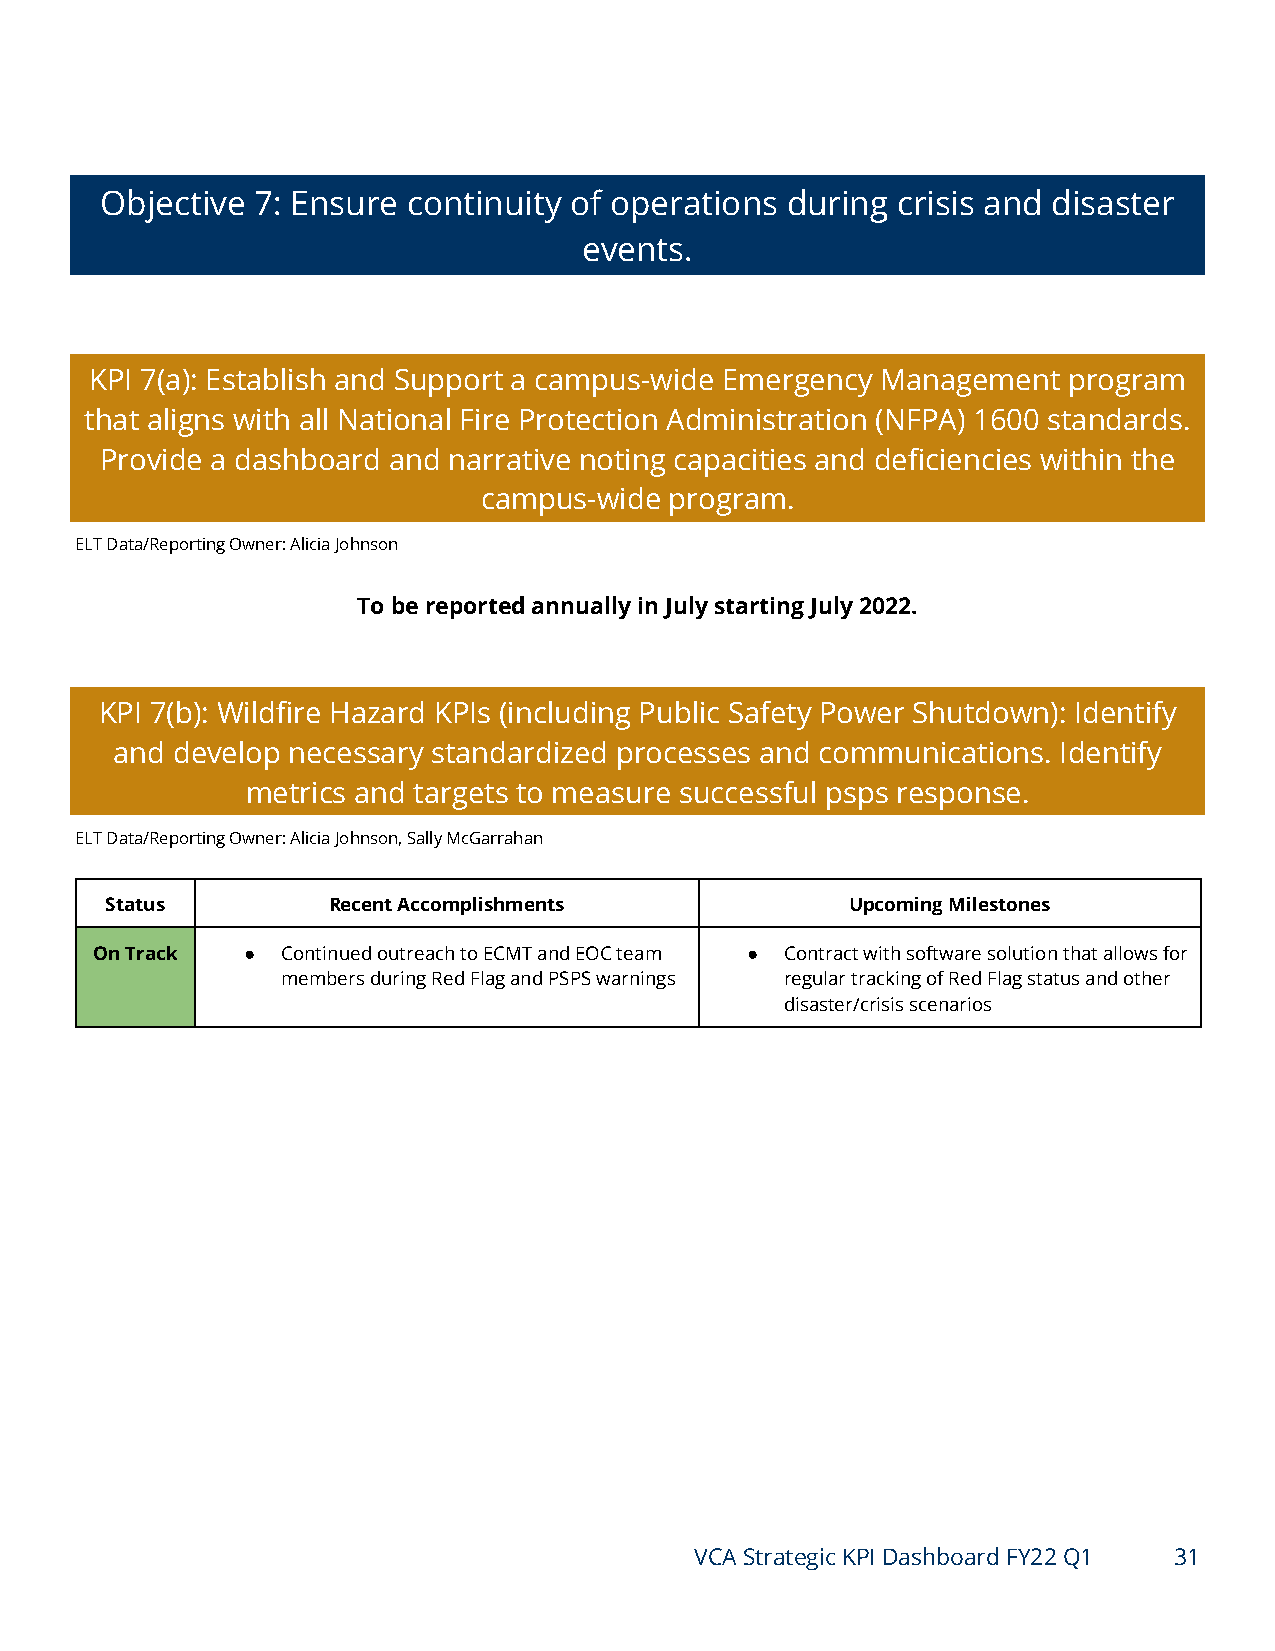
Objective 7: Ensure continuity of operations during crisis and disaster
 events.
 KPI 7(a): Establish and Support a campus-wide Emergency Management program
 that aligns with all National Fire Protection Administration (NFPA) 1600 standards.
 Provide a dashboard and narrative noting capacities and deficiencies within the
 campus-wide program.
 ELT Data/Reporting Owner: Alicia Johnson
 To be reported annually in July starting July 2022.
 KPI 7(b): Wildfire Hazard KPIs (including Public Safety Power Shutdown): Identify
 and develop necessary standardized processes and communications. Identify
 metrics and targets to measure successful psps response.
 ELT Data/Reporting Owner: Alicia Johnson, Sally McGarrahan
 Status         Recent Accomplishments            Upcoming Milestones
 On Track  ●  Continued outreach to ECMT and EOC team ● Contract with software solution that allows for
 members during Red Flag and PSPS warnings regular tracking of Red Flag status and other
 disaster/crisis scenarios
 VCA Strategic KPI Dashboard FY22 Q1 31